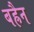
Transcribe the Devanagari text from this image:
बह्रैन